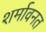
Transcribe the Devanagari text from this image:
शर्मावनत